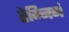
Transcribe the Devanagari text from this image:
तेन्जिगं